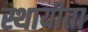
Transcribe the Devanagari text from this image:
स्थायीता